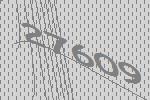
27609